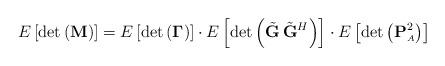
LaTeX: \begin{align*} E \left[\det\left(\mathbf{M}\right)\right] = E \left[\det\left(\mathbf{\Gamma}\right)\right] \cdot E \left[\det\left(\tilde{\mathbf{G}} \,\tilde{\mathbf{G}}^H \right)\right] \cdot E \left[\det\left(\mathbf{P}^2_{\scriptscriptstyle{A}} \right)\right]\end{align*}